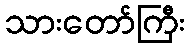
သားတော်ကြီး